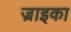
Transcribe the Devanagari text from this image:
ज्राइका